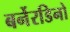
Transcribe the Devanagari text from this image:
बर्नेरडिनो